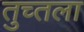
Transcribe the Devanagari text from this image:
तुच्तला